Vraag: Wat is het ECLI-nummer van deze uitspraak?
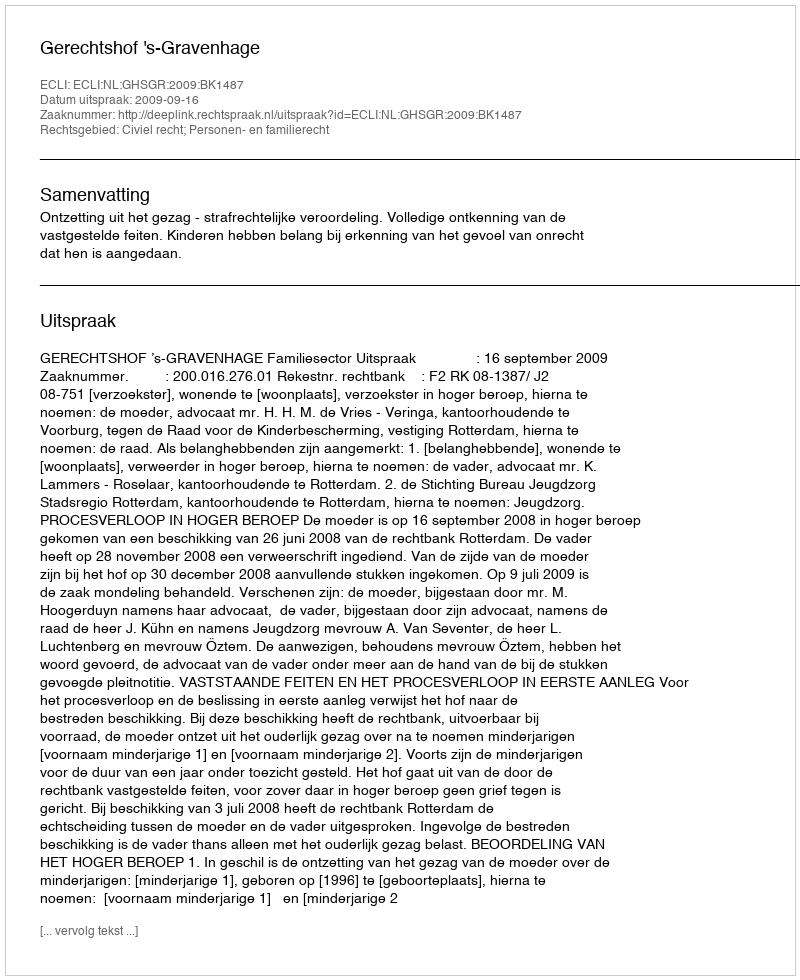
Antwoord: ECLI:NL:GHSGR:2009:BK1487